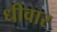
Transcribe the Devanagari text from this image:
धीवार